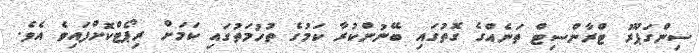
ސިންގަޕޫރު ޓްރާންސިޓް ތަނެއްގެ ގޮތުގައި ބޭނުންކުރާ ކަމުގެ ތުހުމަތުގައި ކަމަށް ރިޕޯޓްކޮށްފައިވެ އެވެ.